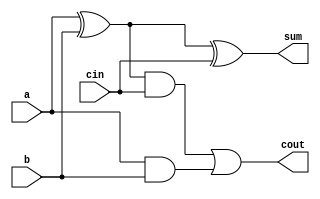
module FullAdder(
	input a,		//First input to full adder
	input b,		//Second input to full adder
	input cin,	//Carry in used for chaining full adders together
	output sum, //Same digit position result for a + b input
	output cout //Carry out used for chaining full adders together this is the MSB of result concatanated with sum on the MSB fulladder
);

	assign sum = (a^b)^cin;
	assign cout = ((a^b)&cin)|(a&b);

endmodule